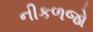
નીકળજો